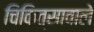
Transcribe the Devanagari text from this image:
चिकित्सावाले